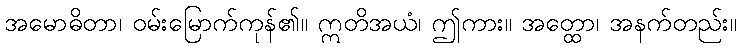
အမောဓိတာ၊ ဝမ်းမြောက်ကုန်၏။ ဣတိအယံ၊ ဤကား။ အတ္ထော၊ အနက်တည်း။